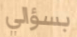
بسؤالي